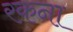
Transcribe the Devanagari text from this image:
रकना